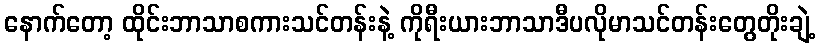
နောက်တော့ ထိုင်းဘာသာစကားသင်တန်းနဲ့ ကိုရီးယားဘာသာဒီပလိုမာသင်တန်းတွေတိုးချဲ့